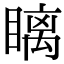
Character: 瞝